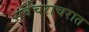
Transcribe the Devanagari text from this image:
सर्वचराचरात